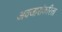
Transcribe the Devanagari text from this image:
अवजारांकरिता